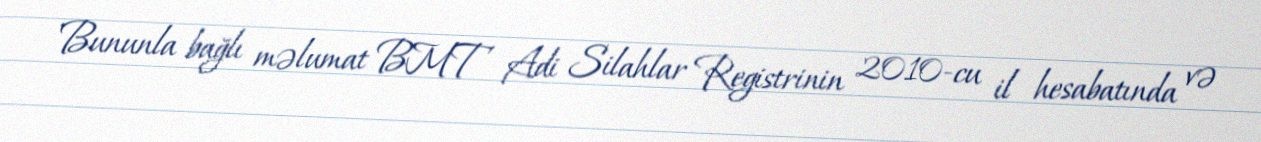
Bununla bağlı məlumat BMT Adi Silahlar Registrinin 2010-cu il hesabatında və